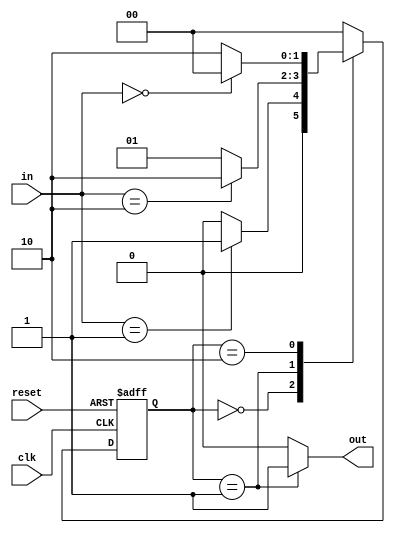
module ParameterizedStateMachine #(
    parameter NUM_STATES = 3,         // Number of states
    parameter INPUT_WIDTH = 2,         // Width of the input
    parameter OUTPUT_WIDTH = 1          // Width of the output
)(
    input wire clk,                    // Clock signal
    input wire reset,                  // Synchronous reset
    input wire [INPUT_WIDTH-1:0] in,   // Input signal
    output reg [OUTPUT_WIDTH-1:0] out  // Output signal
);

    // State definitions using local parameters
    localparam STATE_0 = 2'b00;
    localparam STATE_1 = 2'b01;
    localparam STATE_2 = 2'b10;

    // Current state and next state registers
    reg [1:0] current_state, next_state;

    // State Transition Logic
    always @(*) begin
        case (current_state)
            STATE_0: begin
                if (in == 2'b01)
                    next_state = STATE_1;
                else
                    next_state = STATE_0;
            end
            
            STATE_1: begin
                if (in == 2'b10)
                    next_state = STATE_2;
                else
                    next_state = STATE_1;
            end
            
            STATE_2: begin
                if (in == 2'b00)
                    next_state = STATE_0;
                else
                    next_state = STATE_2;
            end
            
            default: next_state = STATE_0; // Default case
        endcase
    end

    // State Register Update on Clock Edge
    always @(posedge clk or posedge reset) begin
        if (reset)
            current_state <= STATE_0; // Reset to initial state
        else
            current_state <= next_state; // Update to next state
    end

    // Output Logic
    always @(*) begin
        case (current_state)
            STATE_0: out = 1'b0; // Output for state 0
            STATE_1: out = 1'b1; // Output for state 1
            STATE_2: out = 1'b0; // Output for state 2
            default: out = 1'b0; // Default output
        endcase
    end

endmodule